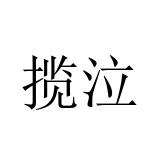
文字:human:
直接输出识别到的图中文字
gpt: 揽泣